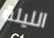
الليلة